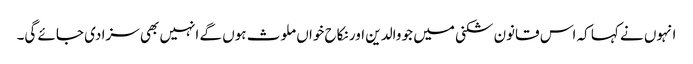
انہوں نے کہا کہ اس قانون شکنی میں جو والدین اور نکاح خواں ملوث ہوں گے انہیں بھی سزا دی جائے گی۔